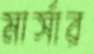
মার্সার